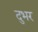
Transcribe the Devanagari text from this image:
दुभर